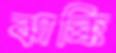
ঝাক্কি